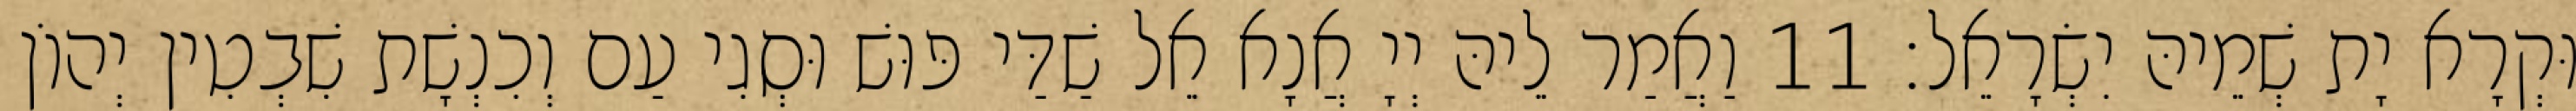
וּקְרָא יָת שְׁמֵיהּ יִשְׂרָאֵל׃ 11 וַאֲמַר לֵיהּ יְיָ אֲנָא אֵל שַׁדַּי פּוּשׁ וּסְגִי עַם וְכִנְשָׁת שִׁבְטִין יְהוֹן